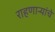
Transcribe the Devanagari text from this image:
राहणाऱ्यांचे